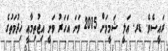
ރައީސެވެ. ޑރ. ޢަލީ ޝަމީމަށް 2015 ވަނަ އަހަރު ވަނީ އިޖުތިމާޢީ ޚިދުމަތުގެ